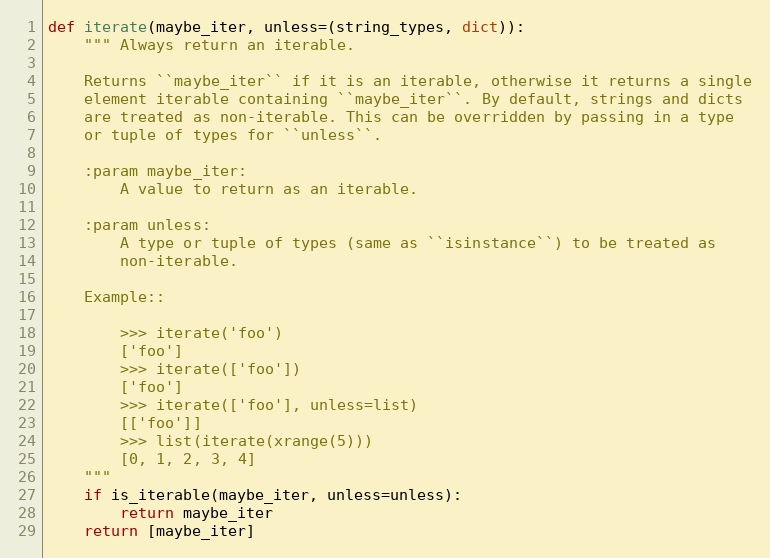
Language: Python
def iterate(maybe_iter, unless=(string_types, dict)):
    """ Always return an iterable.

    Returns ``maybe_iter`` if it is an iterable, otherwise it returns a single
    element iterable containing ``maybe_iter``. By default, strings and dicts
    are treated as non-iterable. This can be overridden by passing in a type
    or tuple of types for ``unless``.

    :param maybe_iter:
        A value to return as an iterable.

    :param unless:
        A type or tuple of types (same as ``isinstance``) to be treated as
        non-iterable.

    Example::

        >>> iterate('foo')
        ['foo']
        >>> iterate(['foo'])
        ['foo']
        >>> iterate(['foo'], unless=list)
        [['foo']]
        >>> list(iterate(xrange(5)))
        [0, 1, 2, 3, 4]
    """
    if is_iterable(maybe_iter, unless=unless):
        return maybe_iter
    return [maybe_iter]